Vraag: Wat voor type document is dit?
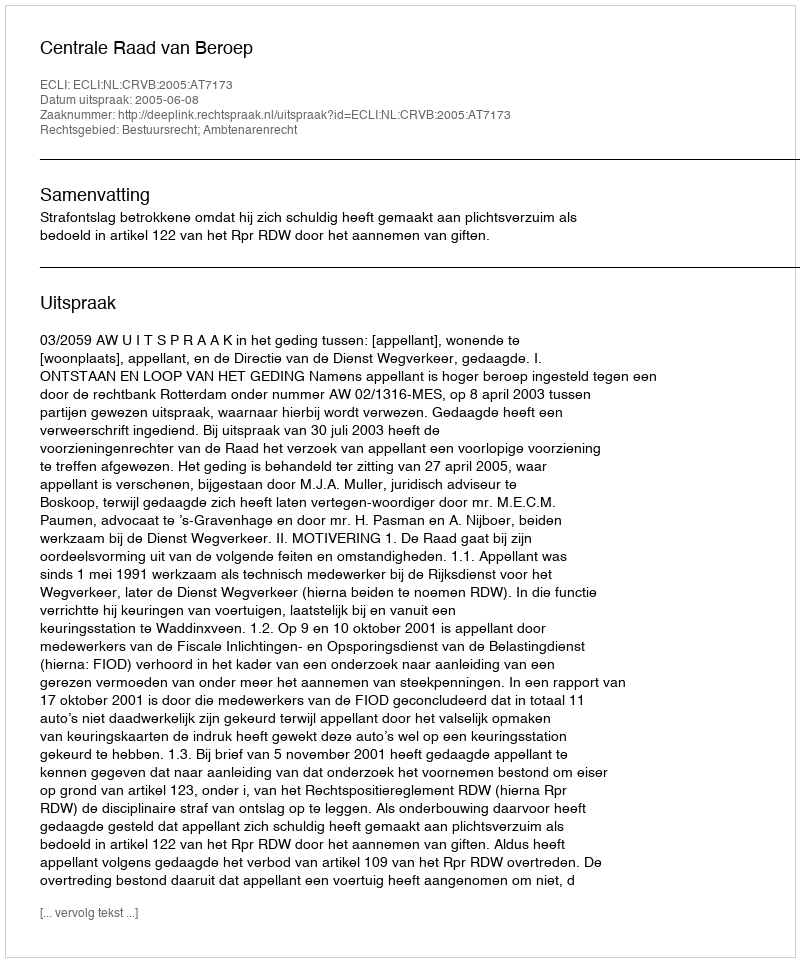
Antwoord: Uitspraak